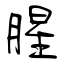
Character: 腥